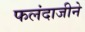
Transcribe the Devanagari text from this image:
फलंदाजीने